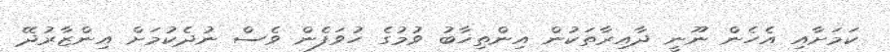
ކަމަށާއި އެހެން ނޫނީ ދާއިރާތަކުން އިންތިޚާބު ވުމުގެ ހުވަފެން ވެސް ނުދެކުމަށް އިންޒާރުދޭ